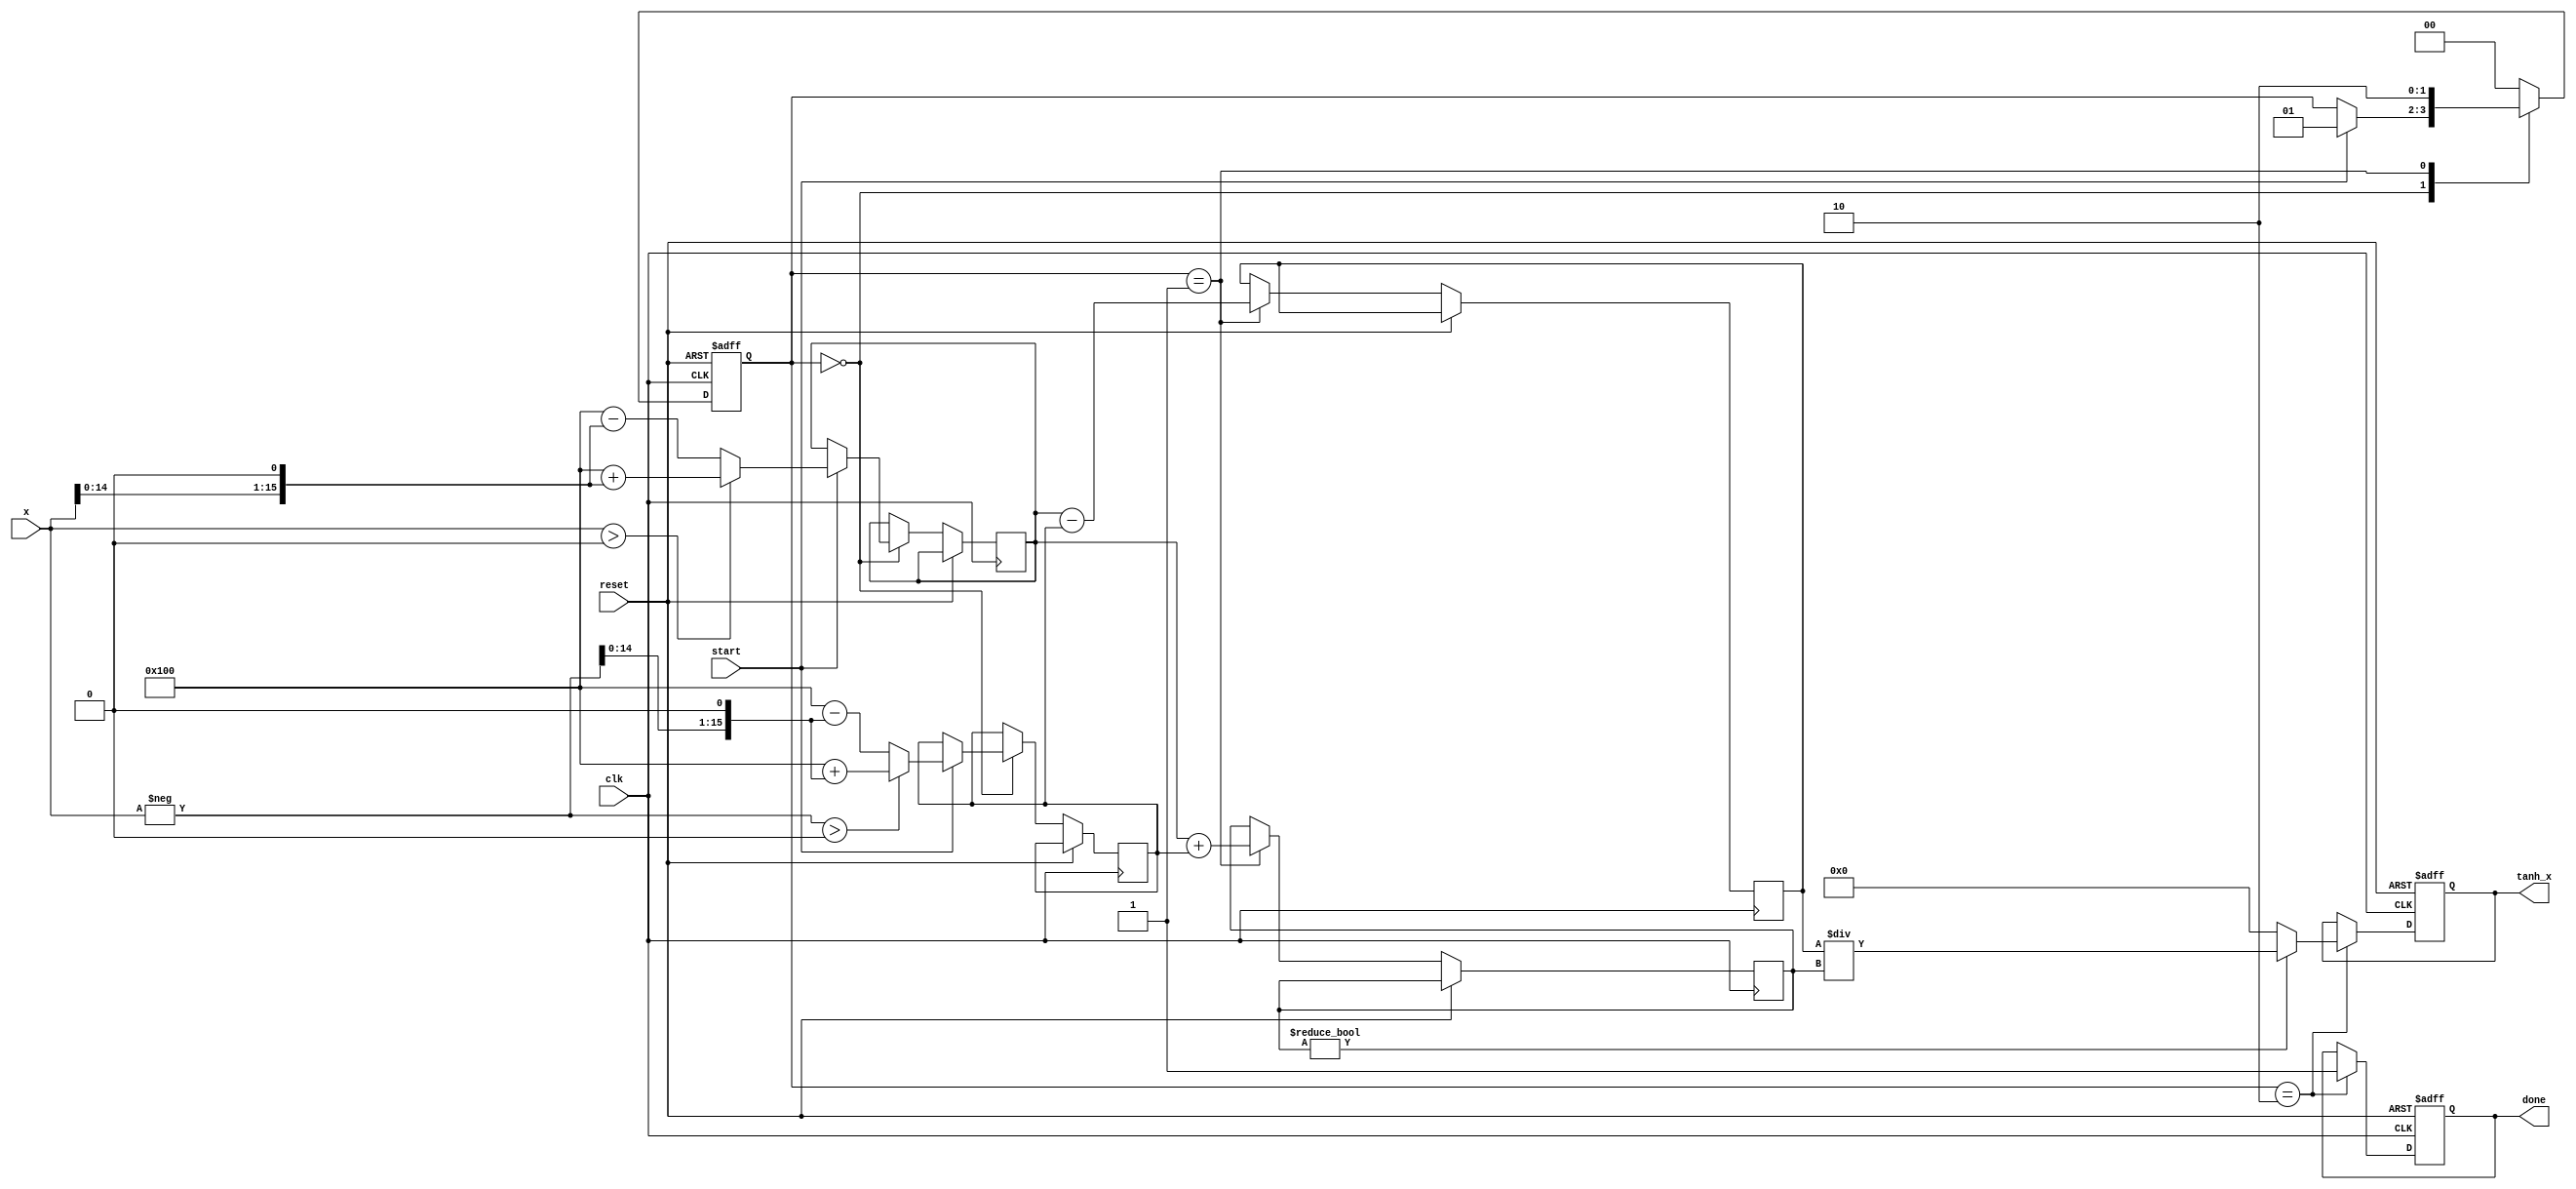
module tanh_block #(
    parameter WIDTH = 16,  // Width of the input and output
    parameter FRAC_BITS = 8 // Number of fractional bits
)(
    input wire clk,
    input wire reset,
    input wire start,
    input wire signed [WIDTH-1:0] x, // Input
    output reg signed [WIDTH-1:0] tanh_x, // Output
    output reg done // Operation completion signal
);

    // Internal signals
    reg signed [WIDTH-1:0] exp_x;
    reg signed [WIDTH-1:0] exp_neg_x;
    reg signed [WIDTH-1:0] numerator;
    reg signed [WIDTH-1:0] denominator;
    reg [1:0] state; // State machine state
    localparam IDLE = 2'b00, CALC = 2'b01, OUTPUT = 2'b10;

    // Simple exponentiation (for demonstration purposes)
    function signed [WIDTH-1:0] exp;
        input signed [WIDTH-1:0] value;
        begin
            // This is a placeholder for the actual exponentiation logic.
            // In a real implementation, you would use a more complex method
            // such as CORDIC or a lookup table for exp calculation.
            exp = (value > 0) ? (1 << FRAC_BITS) + (value << 1) : (1 << FRAC_BITS) - (value << 1);
        end
    endfunction

    // State machine for processing
    always @(posedge clk or posedge reset) begin
        if (reset) begin
            state <= IDLE;
            done <= 0;
            tanh_x <= 0;
        end else begin
            case (state)
                IDLE: begin
                    if (start) begin
                        exp_x <= exp(x); // Calculate e^x
                        exp_neg_x <= exp(-x); // Calculate e^-x
                        state <= CALC;
                    end
                end
                
                CALC: begin
                    numerator <= exp_x - exp_neg_x; // Calculate e^x - e^-x
                    denominator <= exp_x + exp_neg_x; // Calculate e^x + e^-x
                    state <= OUTPUT;
                end

                OUTPUT: begin
                    if (denominator != 0) begin
                        tanh_x <= numerator / denominator; // Calculate tanh(x)
                    end else begin
                        tanh_x <= 0; // Handle division by zero
                    end
                    done <= 1; // Indicate completion
                    state <= IDLE; // Reset to IDLE
                end

                default: state <= IDLE;
            endcase
        end
    end
endmodule